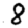
Digit: 8